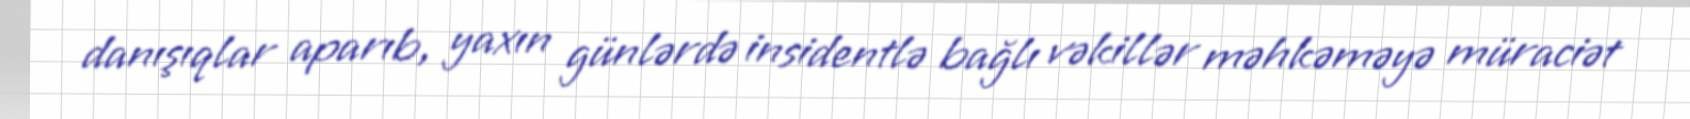
danışıqlar aparıb, yaxın günlərdə insidentlə bağlı vəkillər məhkəməyə müraciət